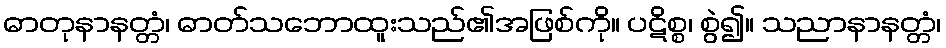
ဓာတုနာနတ္တံ၊ ဓာတ်သဘောထူးသည်၏အဖြစ်ကို။ ပဋိစ္စ၊ စွဲ၍။ သညာနာနတ္တံ၊